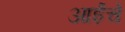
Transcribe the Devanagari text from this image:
आईंचे